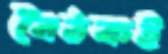
বৈঠকই